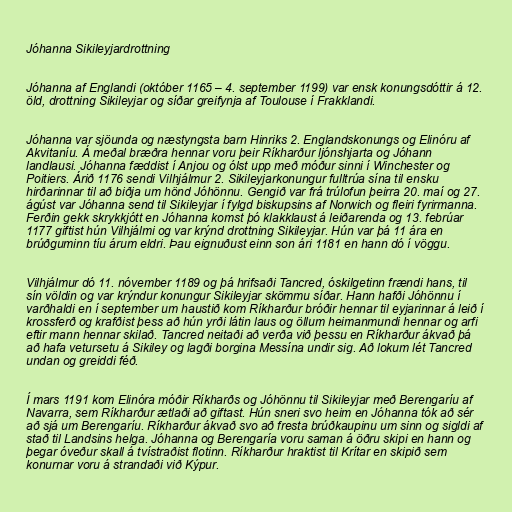
Jóhanna Sikileyjardrottning

Jóhanna af Englandi (október 1165 – 4. september 1199) var ensk konungsdóttir á 12.
öld, drottning Sikileyjar og síðar greifynja af Toulouse í Frakklandi.

Jóhanna var sjöunda og næstyngsta barn Hinriks 2. Englandskonungs og Elinóru af
Akvitaníu. Á meðal bræðra hennar voru þeir Ríkharður ljónshjarta og Jóhann
landlausi. Jóhanna fæddist í Anjou og ólst upp með móður sinni í Winchester og
Poitiers. Árið 1176 sendi Vilhjálmur 2. Sikileyjarkonungur fulltrúa sína til ensku
hirðarinnar til að biðja um hönd Jóhönnu. Gengið var frá trúlofun þeirra 20. maí og 27.
ágúst var Jóhanna send til Sikileyjar í fylgd biskupsins af Norwich og fleiri fyrirmanna.
Ferðin gekk skrykkjótt en Jóhanna komst þó klakklaust á leiðarenda og 13. febrúar
1177 giftist hún Vilhjálmi og var krýnd drottning Sikileyjar. Hún var þá 11 ára en
brúðguminn tíu árum eldri. Þau eignuðust einn son ári 1181 en hann dó í vöggu.

Vilhjálmur dó 11. nóvember 1189 og þá hrifsaði Tancred, óskilgetinn frændi hans, til
sín völdin og var krýndur konungur Sikileyjar skömmu síðar. Hann hafði Jóhönnu í
varðhaldi en í september um haustið kom Ríkharður bróðir hennar til eyjarinnar á leið í
krossferð og krafðist þess að hún yrði látin laus og öllum heimanmundi hennar og arfi
eftir mann hennar skilað. Tancred neitaði að verða við þessu en Ríkharður ákvað þá
að hafa vetursetu á Sikiley og lagði borgina Messína undir sig. Að lokum lét Tancred
undan og greiddi féð.

Í mars 1191 kom Elinóra móðir Ríkharðs og Jóhönnu til Sikileyjar með Berengaríu af
Navarra, sem Ríkharður ætlaði að giftast. Hún sneri svo heim en Jóhanna tók að sér
að sjá um Berengaríu. Ríkharður ákvað svo að fresta brúðkaupinu um sinn og sigldi af
stað til Landsins helga. Jóhanna og Berengaría voru saman á öðru skipi en hann og
þegar óveður skall á tvístraðist flotinn. Ríkharður hraktist til Krítar en skipið sem
konurnar voru á strandaði við Kýpur.